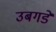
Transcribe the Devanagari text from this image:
उबगडे